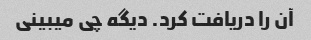
آن را دریافت کرد. دیگه چی میبینی